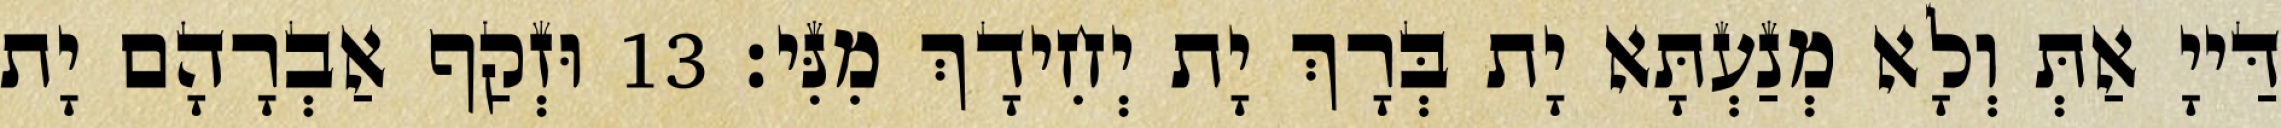
דַּייָ אַתְּ וְלָא מְנַעְתָּא יָת בְּרָךְ יָת יְחִידָךְ מִנִּי׃ 13 וּזְקַף אַבְרָהָם יָת